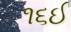
૧૬ઈ